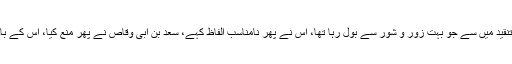
ایک شخص اصحاب تنقید میں سے جو بہت زور و شور سے بول رہا تھا، اس نے پھر نامناسب الفاظ کہے، سعد بن ابی وقاص نے پھر منع کیا، اس کے باوجود وہ بولتا ہی رہا۔